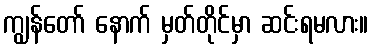
ကျွန်တော် နောက် မှတ်တိုင်မှာ ဆင်းရမလား။